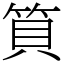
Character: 筫